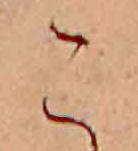
こ